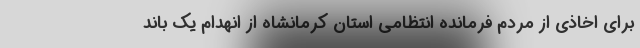
برای اخاذی از مردم فرمانده انتظامی استان کرمانشاه از انهدام یک باند